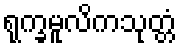
ရုက္ခမူလိကသုတ္တံ